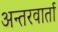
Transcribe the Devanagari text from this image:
अन्तरवार्ता